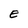
Character: E